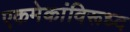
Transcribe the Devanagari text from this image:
एकमेकांविरूध्द